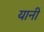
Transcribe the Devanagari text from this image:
यानीं